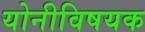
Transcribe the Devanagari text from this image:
योनीविषयक